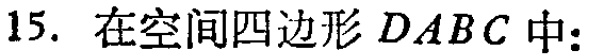
15. 在空间四边形 \(DABC\) 中: